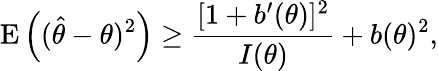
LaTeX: \operatorname{E}\left(({\hat{\theta}}-\theta)^{2}\right)\geq{\frac{[1+b^{\prime}(\theta)]^{2}}{I(\theta)}}+b(\theta)^{2},